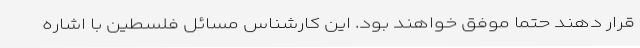
قرار دهند حتما موفق خواهند بود. این کارشناس مسائل فلسطین با اشاره